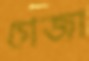
গেজা